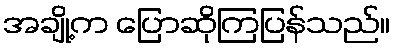
အချို့က ပြောဆိုကြပြန်သည်။